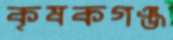
কৃষকগঞ্জ